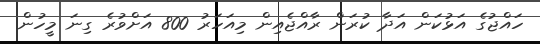
ހައްޖުގެ އަޅުކަން އަދާ ކުރަން ރާއްޖެއިން މިއަހަރު 800 އަށްވުރެ ގިނަ މީހުން